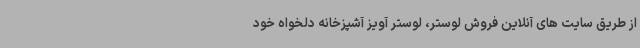
از طریق سایت های آنلاین فروش لوستر، لوستر آویز آشپزخانه دلخواه خود